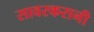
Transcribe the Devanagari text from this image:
सावरकरानी